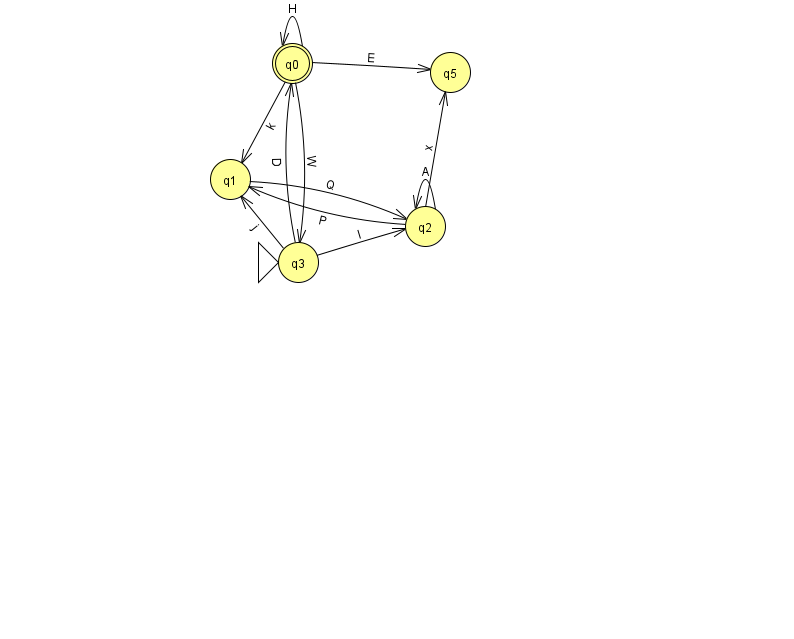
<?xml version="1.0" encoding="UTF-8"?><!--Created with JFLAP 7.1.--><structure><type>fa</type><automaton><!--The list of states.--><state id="0" name="q0"><x>292.0</x><y>50.0</y><final/></state><state id="1" name="q1"><x>230.0</x><y>166.0</y></state><state id="2" name="q2"><x>425.0</x><y>213.0</y></state><state id="3" name="q3"><x>298.0</x><y>249.0</y><initial/></state><state id="5" name="q5"><x>450.0</x><y>59.0</y></state><!--The list of transitions.--><transition><from>0</from><to>5</to><read>E</read></transition><transition><from>3</from><to>1</to><read>j</read></transition><transition><from>2</from><to>2</to><read>A</read></transition><transition><from>2</from><to>5</to><read>x</read></transition><transition><from>0</from><to>0</to><read>H</read></transition><transition><from>3</from><to>0</to><read>D</read></transition><transition><from>0</from><to>3</to><read>W</read></transition><transition><from>2</from><to>1</to><read>P</read></transition><transition><from>0</from><to>1</to><read>k</read></transition><transition><from>1</from><to>2</to><read>Q</read></transition><transition><from>3</from><to>2</to><read>I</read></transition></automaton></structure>